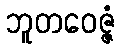
ဘူတဝေဇ္ဇံ